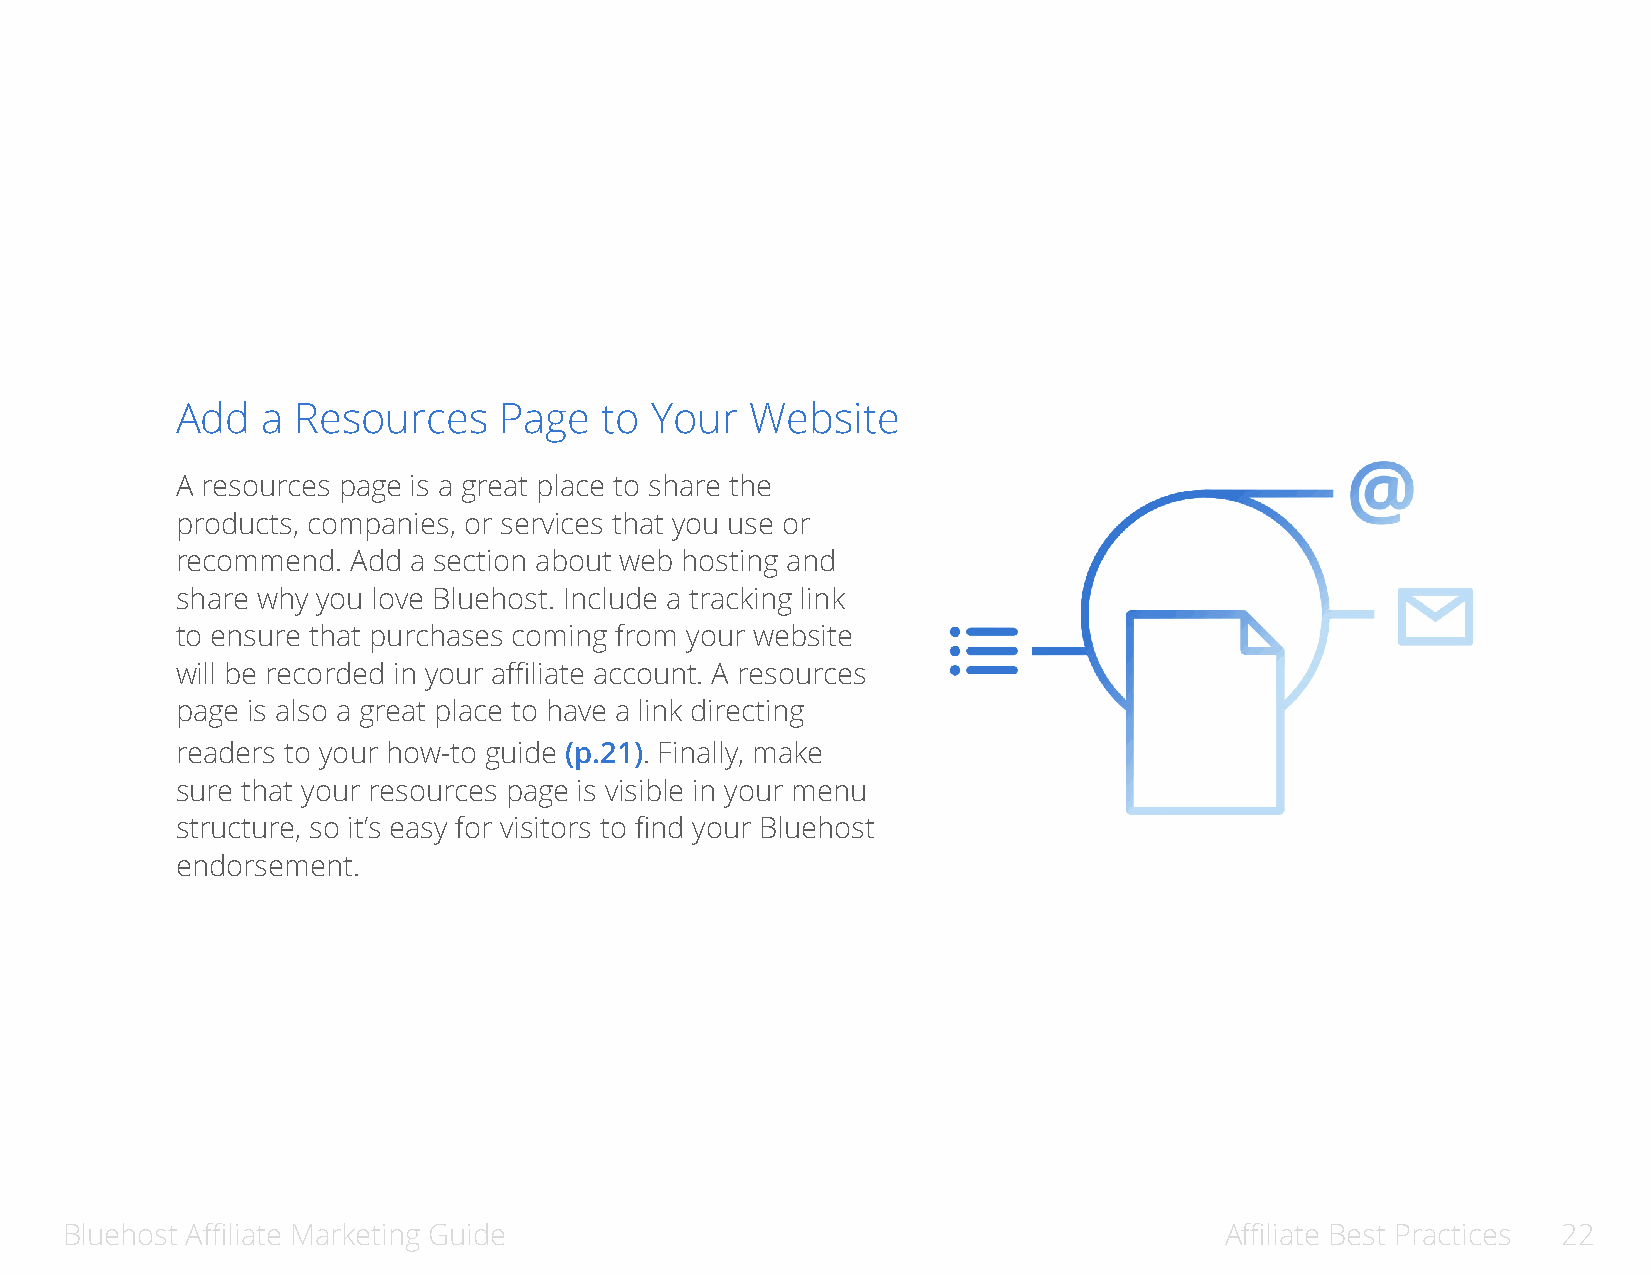
Add  a Resources     Page   to Your   Website
 A resources page is a great place to share the
 products, companies, or services that you use or
 recommend. Add a section about web hosting and
 share why you love Bluehost. Include a tracking link
 to ensure that purchases coming from your website
 will be recorded in your affiliate account. A resources
 page is also a great place to have a link directing
 readers to your how-to guide (p.21). Finally, make
 sure that your resources page is visible in your menu
 structure, so it’s easy for visitors to find your Bluehost
 endorsement.
 Bluehost Affiliate Marketing Guide                                           Affiliate Best Practices 22